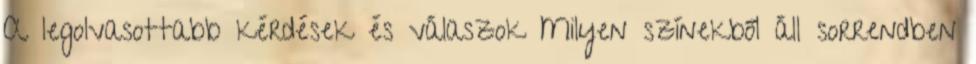
A legolvasottabb kérdések és válaszok Milyen színekből áll sorrendben